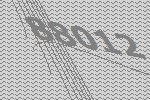
88012